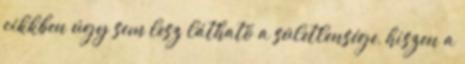
cikkben úgy sem lesz látható a sületlensége, hiszen a